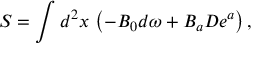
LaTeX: S = \int d ^ { 2 } x \, \left( - B _ { 0 } d \omega + B _ { a } D e ^ { a } \right) ,